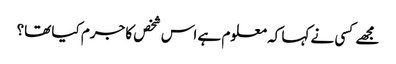
مجھے کسی نے کہا کہ معلوم ہے اس شخص کا جرم کیا تھا؟